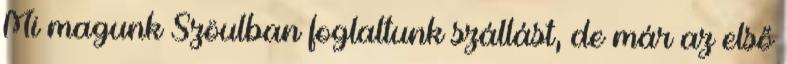
Mi magunk Szöulban foglaltunk szállást, de már az első